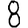
Digit: 8